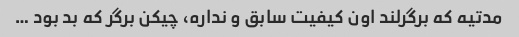
مدتیه که برگرلند اون کیفیت سابق و نداره، چیکن برگر که بد بود …